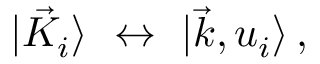
\vert { \vec { K } } _ { i } \rangle \, \, \leftrightarrow \, \, \vert \vec { k } , u _ { i } \rangle \, ,